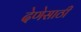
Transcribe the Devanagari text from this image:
देणेसाठी